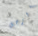
الرجل